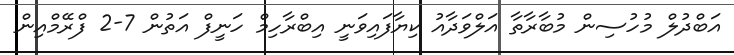
އަބްދުލް މުހުސިން މުބާރާތާ އަލްވަދާއު ކިޔާފައިވަނީ އިބްރާހިމް ހަނީފް އަތުން 7-2 ފްރޭމްއިން